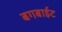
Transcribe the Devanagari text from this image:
बगबाईट